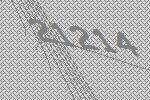
21214